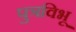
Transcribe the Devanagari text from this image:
पुत्रविभू